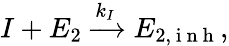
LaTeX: I+E_{2}\xrightarrow{k_{I}}E_{2,\mathrm{~i~n~h~}},